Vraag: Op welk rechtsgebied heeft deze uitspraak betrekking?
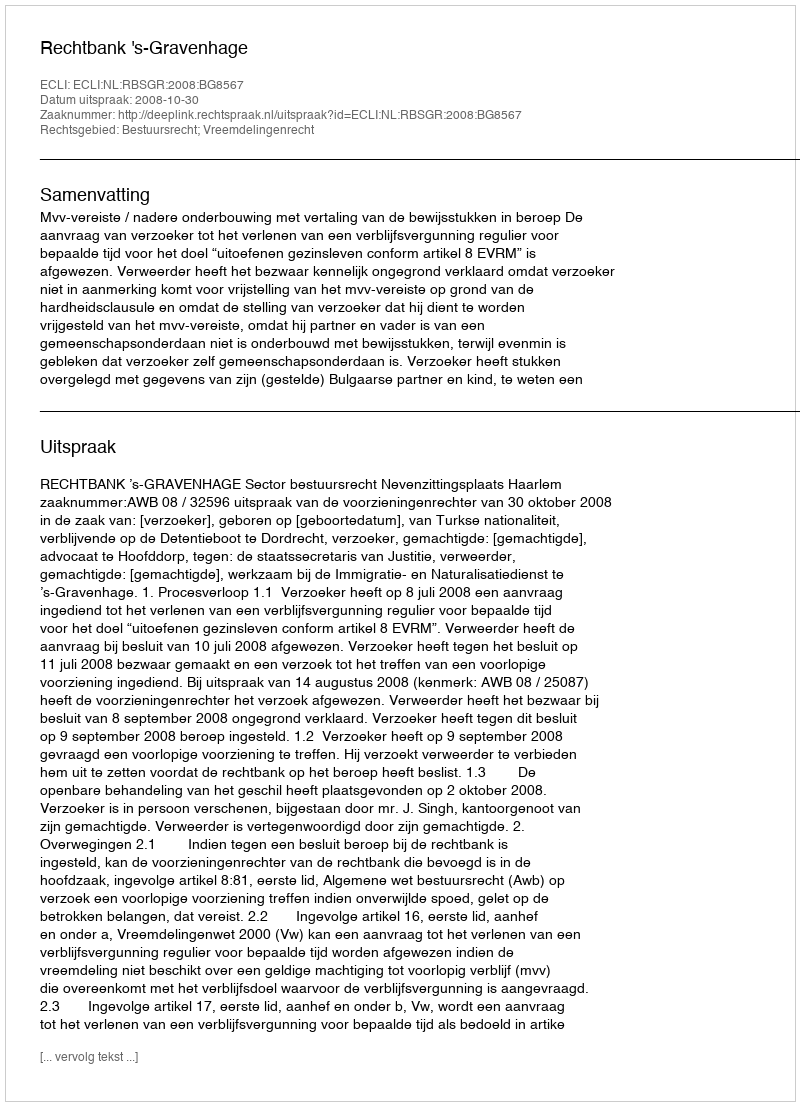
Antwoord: Bestuursrecht; Vreemdelingenrecht